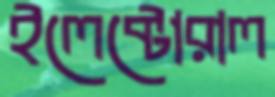
ইলেক্টোরাল